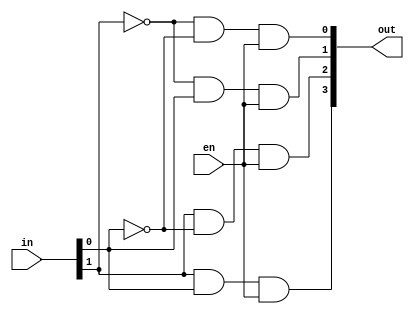
// Copyright (c) 2008-2014 Illinois Institute of Technology
//               All rights reserved.

// Basic circuit elements

module decoder2to4(in, out, en);
   
   output [3:0] out;
   input [1:0] 	in;
   input 	en;
   
   wire [1:0] 	nn;
   
   not(nn[0], in[0]);
   not(nn[1], in[1]);
   
   and(out[0], nn[1], nn[0], en);
   and(out[1], nn[1], in[0], en);
   and(out[2], in[1], nn[0], en);
   and(out[3], in[1], in[0], en);

endmodule // decoder2to4


module decoder3to8(in, out, en);
   
   output [7:0] out;
   input [2:0] 	in;
   input 	en;
   
   wire 	nn2, en0, en1;
   
   not(nn2, in[2]);
   and(en0, nn2, en);
   and(en1, in[2], en);
   
   decoder2to4 d0(in[1:0], out[3:0], en0);
   decoder2to4 d1(in[1:0], out[7:4], en1);
   
endmodule // decoder3to8


module decoder4to16(in, out, en);

   output [15:0] out;
   input [3:0] 	 in;
   input 	 en;
   
   wire 	 nn3, en0, en1;
   
   not(nn3, in[3]);
   and(en0, nn3, en);
   and(en1, in[3], en);
   
   decoder3to8 d0(in[2:0], out[7:0], en0);
   decoder3to8 d1(in[2:0], out[15:8], en1);
   
endmodule // decoder4to16

//module decoder5to32(in,out,en);

  // output [31:0] out;
   //input [4:0] 	 in;
   //input 	 en;
   
 //  wire       nn4, en0, en1;
   
  // not(nn4, in[4]);
  // and(en0, nn4, en);
 //  and(en1, in[4], en);
   
   //decoder4to16 d0(in[3:0], out[15:0], en0);
   //decoder4to16 d1(in[3:0], out[31:16], en1);
   //
//endmodule  //decoder5to32


module tris(in, sel, out);
   
   output out;
   input  in, sel;
   tri 	  out;
   
   bufif1 b1(out, in, sel);
   
endmodule // tris


module tris_32(in, sel, out);
   
   output [31:0] out;
   input [31:0] 	in;
   input 	sel;
   
   tris t0(in[0], sel, out[0]);
   tris t1(in[1], sel, out[1]);
   tris t2(in[2], sel, out[2]);
   tris t3(in[3], sel, out[3]);
   tris t4(in[4], sel, out[4]);
   tris t5(in[5], sel, out[5]);
   tris t6(in[6], sel, out[6]);
   tris t7(in[7], sel, out[7]);
	tris t8(in[8], sel, out[8]);
   tris t9(in[9], sel, out[9]);
   tris t10(in[10], sel, out[10]);
   tris t11(in[11], sel, out[11]);
   tris t12(in[12], sel, out[12]);
   tris t13(in[13], sel, out[13]);
   tris t14(in[14], sel, out[14]);
   tris t15(in[15], sel, out[15]);
	tris t16(in[16], sel, out[16]);
   tris t17(in[17], sel, out[17]);
   tris t18(in[18], sel, out[18]);
   tris t19(in[19], sel, out[19]);
   tris t20(in[20], sel, out[20]);
   tris t21(in[21], sel, out[21]);
   tris t22(in[22], sel, out[22]);
   tris t23(in[23], sel, out[23]);
	tris t24(in[24], sel, out[24]);
   tris t25(in[25], sel, out[25]);
   tris t26(in[26], sel, out[26]);
   tris t27(in[27], sel, out[27]);
   tris t28(in[28], sel, out[28]);
   tris t29(in[29], sel, out[29]);
   tris t30(in[30], sel, out[30]);
   tris t31(in[31], sel, out[31]);
   
endmodule // tris_31


module dff(d, clk, q);
   
   output q;
   input  d, clk;
   reg 	  q;
   
   always @(posedge clk)
     q <= d;
   
endmodule // dff

module dff_8(d, clk, q);
   
   output [7:0] q;
   input [7:0] 	d;
   input 	clk;	
   
   dff d0(d[0], clk, q[0]);
   dff d1(d[1], clk, q[1]);
   dff d2(d[2], clk, q[2]);
   dff d3(d[3], clk, q[3]);
   dff d4(d[4], clk, q[4]);
   dff d5(d[5], clk, q[5]);
   dff d6(d[6], clk, q[6]);
   dff d7(d[7], clk, q[7]);
   
endmodule // dff_8


module dff_32(d, clk, q);
   
   output [31:0] q;
   input [31:0] 	d;
   input 	clk;	
   
   dff d0(d[0], clk, q[0]);
   dff d1(d[1], clk, q[1]);
   dff d2(d[2], clk, q[2]);
   dff d3(d[3], clk, q[3]);
   dff d4(d[4], clk, q[4]);
   dff d5(d[5], clk, q[5]);
   dff d6(d[6], clk, q[6]);
   dff d7(d[7], clk, q[7]);
   dff d8(d[8], clk, q[8]);
   dff d9(d[9], clk, q[9]);
   dff d10(d[10], clk, q[10]);
   dff d11(d[11], clk, q[11]);
   dff d12(d[12], clk, q[12]);
   dff d13(d[13], clk, q[13]);
   dff d14(d[14], clk, q[14]);
   dff d15(d[15], clk, q[15]);
   dff d16(d[16], clk, q[16]);
   dff d17(d[17], clk, q[17]);
   dff d18(d[18], clk, q[18]);
   dff d19(d[19], clk, q[19]);
   dff d20(d[20], clk, q[20]);
   dff d21(d[21], clk, q[21]);
   dff d22(d[22], clk, q[22]);
   dff d23(d[23], clk, q[23]);
   dff d24(d[24], clk, q[24]);
   dff d25(d[25], clk, q[25]);
   dff d26(d[26], clk, q[26]);
   dff d27(d[27], clk, q[27]);
   dff d28(d[28], clk, q[28]);
   dff d29(d[29], clk, q[29]);
   dff d30(d[30], clk, q[30]);
   dff d31(d[31], clk, q[31]);   
endmodule // dff_8


module mux2to1(in0, in1, sel, out);
   
   output out;
   input  in0, in1, sel;
   
   wire   nsel, n0, n1;
   
   not(nsel, sel);
   
   and(n0, nsel, in0);
   and(n1, sel, in1);
   
   or(out, n0, n1);
   
endmodule // mux2to1

module mux2to1_8(in0, in1, sel, out);

   output [7:0] out;
   input [7:0] 	in0, in1;
   input 	sel;

   mux2to1 m0(in0[0], in1[0], sel, out[0]);
   mux2to1 m1(in0[1], in1[1], sel, out[1]);
   mux2to1 m2(in0[2], in1[2], sel, out[2]);
   mux2to1 m3(in0[3], in1[3], sel, out[3]);
   mux2to1 m4(in0[4], in1[4], sel, out[4]);
   mux2to1 m5(in0[5], in1[5], sel, out[5]);
   mux2to1 m6(in0[6], in1[6], sel, out[6]);
   mux2to1 m7(in0[7], in1[7], sel, out[7]);
   
endmodule // mux2to1_8

module mux2to1_32(in0, in1, sel, out);

   output [31:0] out;
   input [31:0] 	in0, in1;
   input 	sel;

   mux2to1 m0(in0[0], in1[0], sel, out[0]);
   mux2to1 m1(in0[1], in1[1], sel, out[1]);
   mux2to1 m2(in0[2], in1[2], sel, out[2]);
   mux2to1 m3(in0[3], in1[3], sel, out[3]);
   mux2to1 m4(in0[4], in1[4], sel, out[4]);
   mux2to1 m5(in0[5], in1[5], sel, out[5]);
   mux2to1 m6(in0[6], in1[6], sel, out[6]);
   mux2to1 m7(in0[7], in1[7], sel, out[7]);
   mux2to1 m8(in0[8], in1[8], sel, out[8]);
   mux2to1 m9(in0[9], in1[9], sel, out[9]);
   mux2to1 m10(in0[10], in1[10], sel, out[10]);
   mux2to1 m11(in0[11], in1[11], sel, out[11]);
   mux2to1 m12(in0[12], in1[12], sel, out[12]);
   mux2to1 m13(in0[13], in1[13], sel, out[13]);
   mux2to1 m14(in0[14], in1[14], sel, out[14]);
   mux2to1 m15(in0[15], in1[15], sel, out[15]);
   mux2to1 m16(in0[16], in1[16], sel, out[16]);
   mux2to1 m17(in0[17], in1[17], sel, out[17]);
   mux2to1 m18(in0[18], in1[18], sel, out[18]);
   mux2to1 m19(in0[19], in1[19], sel, out[19]);
   mux2to1 m20(in0[20], in1[20], sel, out[20]);
   mux2to1 m21(in0[21], in1[21], sel, out[21]);
   mux2to1 m22(in0[22], in1[22], sel, out[22]);
   mux2to1 m23(in0[23], in1[23], sel, out[23]);
   mux2to1 m24(in0[24], in1[24], sel, out[24]);
   mux2to1 m25(in0[25], in1[25], sel, out[25]);
   mux2to1 m26(in0[26], in1[26], sel, out[26]);
   mux2to1 m27(in0[27], in1[27], sel, out[27]);
   mux2to1 m28(in0[28], in1[28], sel, out[28]);
   mux2to1 m29(in0[29], in1[29], sel, out[29]);
   mux2to1 m30(in0[30], in1[30], sel, out[30]);
   mux2to1 m31(in0[31], in1[31], sel, out[31]);
   
endmodule // mux2to1_32


module memory_32(port_a, sel_a, port_b, sel_b, port_s, write_en, clk);
   
   output [31:0] port_a, port_b;
   input 	sel_a, sel_b, write_en, clk;
   input [31:0] 	port_s;
   
   wire [31:0] 	dout, mux_out;
   
   mux2to1_32 m0(dout, port_s, write_en, mux_out);
   
   dff_32 d(mux_out, clk, dout);
   
   tris_32 ta(dout, sel_a, port_a);
   tris_32 tb(dout, sel_b, port_b);
   
endmodule // memory_8


module memory16_32(port_a, addr_a, port_b, addr_b, port_s, addr_s, write_en, clk);
   
   output [31:0] port_a, port_b;
   input [3:0] 	addr_a, addr_b, addr_s;
   input 	write_en, clk;
   input [31:0] 	port_s;
   
   wire [15:0] 	sel_a, sel_b, sel_s;
   
   //Decoding address line
   decoder4to16 da(addr_a, sel_a, 1'b1);
   decoder4to16 db(addr_b, sel_b, 1'b1);
   decoder4to16 ds(addr_s, sel_s, write_en);

   memory_32 m0(port_a, sel_a[0], port_b, sel_b[0], port_s, sel_s[0], clk);
   memory_32 m1(port_a, sel_a[1], port_b, sel_b[1], port_s, sel_s[1], clk);
   memory_32 m2(port_a, sel_a[2], port_b, sel_b[2], port_s, sel_s[2], clk);
   memory_32 m3(port_a, sel_a[3], port_b, sel_b[3], port_s, sel_s[3], clk);
   memory_32 m4(port_a, sel_a[4], port_b, sel_b[4], port_s, sel_s[4], clk);
   memory_32 m5(port_a, sel_a[5], port_b, sel_b[5], port_s, sel_s[5], clk);
   memory_32 m6(port_a, sel_a[6], port_b, sel_b[6], port_s, sel_s[6], clk);
   memory_32 m7(port_a, sel_a[7], port_b, sel_b[7], port_s, sel_s[7], clk);
   memory_32 m8(port_a, sel_a[8], port_b, sel_b[8], port_s, sel_s[8], clk);
   memory_32 m9(port_a, sel_a[9], port_b, sel_b[9], port_s, sel_s[9], clk);
   memory_32 m10(port_a, sel_a[10], port_b, sel_b[10], port_s, sel_s[10], clk);
   memory_32 m11(port_a, sel_a[11], port_b, sel_b[11], port_s, sel_s[11], clk);
   memory_32 m12(port_a, sel_a[12], port_b, sel_b[12], port_s, sel_s[12], clk);
   memory_32 m13(port_a, sel_a[13], port_b, sel_b[13], port_s, sel_s[13], clk);
   memory_32 m14(port_a, sel_a[14], port_b, sel_b[14], port_s, sel_s[14], clk);
   memory_32 m15(port_a, sel_a[15], port_b, sel_b[15], port_s, sel_s[15], clk);
   
endmodule // memory16_32


// Logic module in ALU

module and_32(s, a, b);
   
   output [31:0] s;
   input [31:0] 	a,b;
   
   and myand[31:0](s, a, b);
   
endmodule // and_32


module xnor_32(s, a, b);
   
   output [31:0] s;
   input [31:0] 	a,b;
   
   xnor myxnor[31:0](s, a, b);
   
endmodule // xnor_32


// Adder in ALU

module adder(s, co, a, b, ci);

   output s, co;
   input  a, b, ci;
   
   wire   o0, o1, o2;
   
   xor(s, a, b, ci);
   
   or(o0, a, b);
   or(o1, b, ci);
   or(o2, ci, a);
   and(co, o0, o1, o2);
   
endmodule // adder


module adder_32(s, co, of, a, b, ci);
   
   output [31:0] s;
   output 	co, of;
   input [31:0] 	a, b;
   input 	ci;
   
   wire 	c1, c2, c3, c4, c5, c6, c7, c8, c9, c10, c11, c12, c13, c14, c15, c16, c17, c18, c19, c20, c21, c22, c23, c24, c25,c26, c27, c28, c29, c30, c31;
   
   adder a0(s[0], c1, a[0], b[0], ci);
   adder a1(s[1], c2, a[1], b[1], c1);
   adder a2(s[2], c3, a[2], b[2], c2);
   adder a3(s[3], c4, a[3], b[3], c3);
   adder a4(s[4], c5, a[4], b[4], c4);
   adder a5(s[5], c6, a[5], b[5], c5);
   adder a6(s[6], c7, a[6], b[6], c6);
   adder a7(s[7], c8, a[7], b[7], c7);
	adder a8(s[8], c9, a[8], b[8], c8);
   adder a9(s[9], c10, a[9], b[9], c9);
   adder a10(s[10], c11, a[10], b[10], c10);
   adder a11(s[11], c12, a[11], b[11], c11);
   adder a12(s[12], c13, a[12], b[12], c12);
   adder a13(s[13], c14, a[13], b[13], c13);
   adder a14(s[14], c15, a[14], b[14], c14);
   adder a15(s[15], c16, a[15], b[15], c15);
	adder a16(s[16], c17, a[16], b[16], c16);
   adder a17(s[17], c18, a[17], b[17], c17);
   adder a18(s[18], c19, a[18], b[18], c18);
   adder a19(s[19], c20, a[19], b[19], c19);
   adder a20(s[20], c21, a[20], b[20], c20);
   adder a21(s[21], c22, a[21], b[21], c21);
   adder a22(s[22], c23, a[22], b[22], c22);
   adder a23(s[23], c24, a[23], b[23], c23);
	adder a24(s[24], c25, a[24], b[24], c24);
   adder a25(s[25], c26, a[25], b[25], c25);
   adder a26(s[26], c27, a[26], b[26], c26);
   adder a27(s[27], c28, a[27], b[27], c27);
   adder a28(s[28], c29, a[28], b[28], c28);
   adder a29(s[29], c30, a[29], b[29], c29);
   adder a30(s[30], c31, a[30], b[30], c30);
   adder a31(s[31], co, a[31], b[31], c31);
   
   xor(of, co, c31);
   
endmodule // adder_32


module addsub_32(s, co, of, a, b, sub);

   output [31:0] s;
   output 	co, of;
   input [31:0] 	a, b;
   input  	sub;
   
   wire [31:0] 	xb;
   
   xor x0(xb[0], b[0], sub);
   xor x1(xb[1], b[1], sub);
   xor x2(xb[2], b[2], sub);
   xor x3(xb[3], b[3], sub);
   xor x4(xb[4], b[4], sub);
   xor x5(xb[5], b[5], sub);
   xor x6(xb[6], b[6], sub);
   xor x7(xb[7], b[7], sub);
	xor x8(xb[8], b[8], sub);
   xor x9(xb[9], b[9], sub);
   xor x10(xb[10], b[10], sub);
   xor x11(xb[11], b[11], sub);
   xor x12(xb[12], b[12], sub);
   xor x13(xb[13], b[13], sub);
   xor x14(xb[14], b[14], sub);
   xor x15(xb[15], b[15], sub);
	xor x16(xb[16], b[16], sub);
   xor x17(xb[17], b[17], sub);
   xor x18(xb[18], b[18], sub);
   xor x19(xb[19], b[19], sub);
   xor x20(xb[20], b[20], sub);
   xor x21(xb[21], b[21], sub);
   xor x22(xb[22], b[22], sub);
   xor x23(xb[23], b[23], sub);
	xor x24(xb[24], b[24], sub);
   xor x25(xb[25], b[25], sub);
   xor x26(xb[26], b[26], sub);
   xor x27(xb[27], b[27], sub);
   xor x28(xb[28], b[28], sub);
   xor x29(xb[29], b[29], sub);
   xor x30(xb[30], b[30], sub);
   xor x31(xb[31], b[31], sub);
   
   adder_32 myadder(s, co, of, a, xb, sub);
   
endmodule // addsub_8


// for PC
module inc_8(s, a);
   
   output [7:0] s;
   input [7:0] 	a;
   
   wire 	co, c1, c2, c3, c4, c5, c6, c7;
   
   adder a0(s[0], c1, a[0], 1'b0, 1'b1);
   adder a1(s[1], c2, a[1], 1'b0, c1);
   adder a2(s[2], c3, a[2], 1'b0, c2);
   adder a3(s[3], c4, a[3], 1'b0, c3);
   adder a4(s[4], c5, a[4], 1'b0, c4);
   adder a5(s[5], c6, a[5], 1'b0, c5);
   adder a6(s[6], c7, a[6], 1'b0, c6);
   adder a7(s[7], c8, a[7], 1'b0, c7);
   
endmodule

// Shifter in ALU

module shift_left_logic_32(s, a, b);
   
   output [31:0] s;
   input [31:0] 	a, b;
   
	
	

   wire [31:0] m1, m2, m4, m8, m16;
   wire [31:0] s1, s2, s3, s4;
	
	
   
   assign m1[0]=1'b0; assign m1[31:1]=a[30:0];
  mux2to1_32 mux1(a, m1, b[0], s1);
   
  assign m2[1:0]=2'b0; assign m2[31:2]=s1[29:0];
  mux2to1_32 mux2(s1, m2, b[1], s2);

   assign m4[3:0]=4'b0; assign m4[31:4]=s2[27:0];
   mux2to1_32 mux4(s2, m4, b[2], s3);
	
	assign m8[7:0]=8'b0; assign m8[31:8]=s3[23:0];
  mux2to1_32 mux8(s3, m8, b[3], s4);
	
assign m4[15:0]=16'b0; assign m16[31:16]=s4[15:0];
  mux2to1_32 mux16(s4, m16, b[4], s);
   
endmodule // shift_left_logic_8


module shift_right_logic_32(s, a, b);
   
   output [31:0] s;
   input [31:0] 	a, b;
   
   wire [31:0] m1, m2, m4, m8, m16 ;
   wire [31:0] s1, s2, s3, s4;
   
   assign m1[31]=1'b0; assign m1[30:0]=a[31:1];
   mux2to1_32 mux1(a, m1, b[0], s1);
   
   assign m2[31:30]=2'b0; assign m2[29:0]=s1[31:2];
   mux2to1_32 mux2(s1, m2, b[1], s2);

   assign m4[31:28]=4'b0; assign m4[27:0]=s2[31:4];
   mux2to1_32 mux4(s2, m4, b[2], s3);
   
	assign m4[31:24]=8'b0; assign m8[23:0]=s3[31:8];
   mux2to1_32 mux8(s3, m8, b[3], s4);
   
	assign m4[31:16]=16'b0; assign m16[15:0]=s4[31:16];
   mux2to1_32 mux16(s4, m16, b[4], s);
   
endmodule // shift_right_logic_8


// ALU

module alu_32(s, a, b, op);

   output [31:0] s;
   input [31:0] 	a, b;
   input [2:0] 	op;
   
   wire 	co, of;
   wire [31:0] 	sand, sxnor, saddsub, ssl, ssr;
   
   shift_left_logic_32 mysll(ssl, a, b);
   shift_right_logic_32 mysrl(ssr, a, b);
   addsub_32 myadder(saddsub, co, of, a, b, op[0]);
   and_32 myand(sand, a, b);
   xnor_32 myxnor(sxnor, a, b);
   
   wire [31:0] 	s00, s01, s10, s11, s0, s1;
   
   mux2to1_32 mux00(ssl, ssr, op[0], s00);
   assign s01 = saddsub;
   mux2to1_32 mux10(sand, sxnor, op[0], s10);
   assign s11 = 8'b0;

   mux2to1_32 mux0(s00, s01, op[1], s0);
   mux2to1_32 mux1(s10, s11, op[1], s1);

   mux2to1_32 muxs(s0, s1, op[2], s);

endmodule // alu_8


// PC: program conuter

module PC(pc, power, clk, branch_pc, branch_en, stop_en, next_pc);

   output [7:0] pc, next_pc;
   input 	power, clk, branch_en, stop_en;
   input [7:0] 	branch_pc;
   
   wire [7:0] 	inc_pc, init_pc, temp_pc0, temp_pc1;
   wire 	ci;
   
   dff_8 d(next_pc, clk, pc);

   inc_8 myinc(inc_pc, pc);
   
   assign init_pc = 8'b0;

   mux2to1_8 mux0(inc_pc, branch_pc, branch_en, temp_pc0);
   mux2to1_8 mux1(temp_pc0, pc, stop_en, temp_pc1);
   mux2to1_8 mux2(init_pc, temp_pc1, power, next_pc);

endmodule // PC


// Control: instruction decoder

module control(code, write_en, addr_s, addr_a, addr_b, alu_op,
	       jz_en, jnz_en, branch_pc, imm_en, imm, stop_en);

   output [3:0] addr_s, addr_a, addr_b;
   output 	write_en, jz_en, jnz_en, imm_en, stop_en;
   output [7:0] branch_pc;
	output [31:0] imm;
   output [2:0] alu_op;
   input [15:0] code;
   
   wire 	n15, n14, n13, n12;
   
   // ADD/SUB/SLL1/SLR1/AND/XNOR
   //   code: "0 alu_op[2:0] regs rega regb"
   //   signals: write_en
   
   // LOADI
   //   code: "1010 regs imm[7:0]"
   //   signals: write_en, imm_en

   // JZ
   //   code: "1000 pc[7:4] rega pc[3:0]"
   //   signals: jz_en

   // JNZ
   //   code: "1001 pc[7:4] rega pc[3:0]"
   //   signals: jnz_en

   // STOP
   //   code: "1111 xxxx xxxx xxxx"
   //   signals: stop_en
   
   assign alu_op = {code[14], code[13], code[12]};
   assign addr_s = {code[11], code[10], code[9], code[8]};
   assign addr_a = {code[7], code[6], code[5], code[4]};
   assign addr_b = {code[3], code[2], code[1], code[0]};
   assign imm[31:8]=24'b0;	assign imm = {code[7], code[6], code[5], code[4],
		 code[3], code[2], code[1], code[0]};
   
   assign branch_pc = {code[11], code[10], code[9], code[8],
		       code[3], code[2], code[1], code[0]};
   
   not(n15, code[15]);
   not(n14, code[14]);
   not(n13, code[13]);
   not(n12, code[12]);

   and(stop_en, code[15], code[14], code[13], code[12]);

   and(imm_en, code[15], n14, code[13], n12);
   
   or(write_en, imm_en, n15);

   and(jz_en, code[15], n14, n13, n12);

   and(jnz_en, code[15], n14, n13, code[12]);

endmodule // control


// CPU

module cpu32(power, clk, pc, mem_s, code, write_en, imm_en, branch_en, next_pc);
   
   output [7:0] pc,  next_pc;
	output [31:0] mem_s;
   output       write_en, imm_en, branch_en;
   input [15:0] code;
   input 	power, clk;

   wire 	a_nz, a_z, bz, bnz, stop_en, jz_en, jnz_en;
   wire [31:0] 	imm,alu_s, a, b;
	
	wire [7:0] branch_pc;
   wire [3:0] 	addr_a, addr_b, addr_s;
   wire [2:0] 	alu_op;
   
   PC mypc(pc, power, clk, branch_pc, branch_en, stop_en, next_pc);
   
   control myctl(code, write_en, addr_s, addr_a, addr_b, alu_op,
		 jz_en, jnz_en, branch_pc, imm_en, imm, stop_en);
   
   alu_32 myalu(alu_s, a, b, alu_op);
   
   memory16_32 myram(a, addr_a, b, addr_b, mem_s, addr_s, write_en, clk);
   
   // Branch logic
   or(a_nz, a[0], a[1], a[2], a[3], a[4], a[5], a[6], a[7],a[8],a[9],a[10],a[11],a[12],a[13],a[14],a[15],a[16],a[17],a[18],a[19],a[20],a[21],a[22],a[23],a[24],a[25],a[26],a[27],a[28],a[29],a[30],a[31]);
   not(a_z, a_nz);
   and(bz, a_z, jz_en);
   and(bnz, a_nz, jnz_en);
   or(branch_en, bz, bnz);

   // Choose output
   mux2to1_32 alu_out(alu_s, imm, imm_en, mem_s);
   
endmodule // cpu